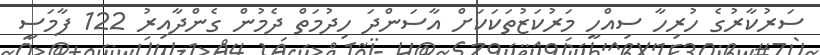
ސަރުކާރުގެ ހުރިހާ ސިއްހީ މަރުކަޒުތަކަކަށް އާސަންދަ ހިދުމަތް ދެމުން ގެންދާއިރު 122 ފާމަސީ